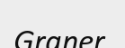
Graner